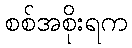
စစ်အစိုးရက